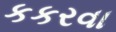
કકરવા